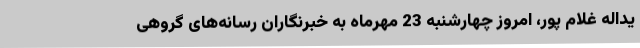
یداله غلام پور، امروز چهارشنبه 23 مهرماه به خبرنگاران رسانه‌های گروهی